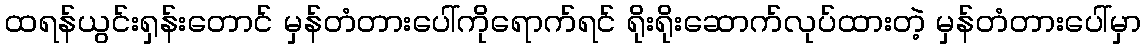
ထရန်ယွင်းရှန်းတောင် မှန်တံတားပေါ်ကိုရောက်ရင် ရိုးရိုးဆောက်လုပ်ထားတဲ့ မှန်တံတားပေါ်မှာ